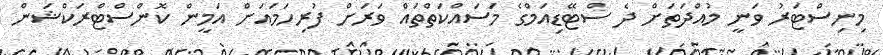
މިނިސްޓަރު ވަނީ މުއްދަތަށް ދެ ސްޓޭޑިއަމްގެ މަސައްކަތްތައް ވަރަށް ފުރިހަމައަށް އަމީން ކޮންސްޓްރަކްޝަން